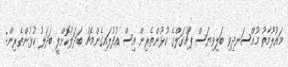
މައުލޫމާތު މުއްސަނދިވި ބަލިވިޔަސް ޕޯޗުގަލްގެ ކުޅުންތެރިން އިސް އުފުލައިގެންމެޗު ބަދަލުކޮށްލީ ބަދަލު ކުޅުންތެރިން: